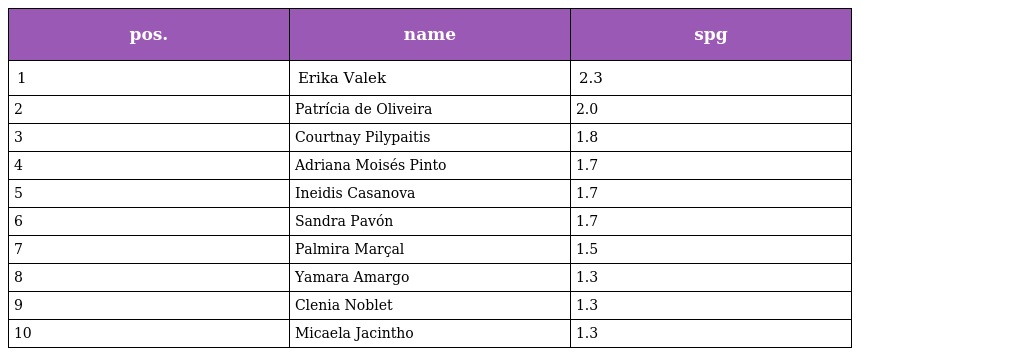
| pos. | name | spg |
 | --- | --- | --- |
 | 1 | Erika Valek | 2.3 |
 | 2 | Patrícia de Oliveira | 2.0 |
 | 3 | Courtnay Pilypaitis | 1.8 |
 | 4 | Adriana Moisés Pinto | 1.7 |
 | 5 | Ineidis Casanova | 1.7 |
 | 6 | Sandra Pavón | 1.7 |
 | 7 | Palmira Marçal | 1.5 |
 | 8 | Yamara Amargo | 1.3 |
 | 9 | Clenia Noblet | 1.3 |
 | 10 | Micaela Jacintho | 1.3 |